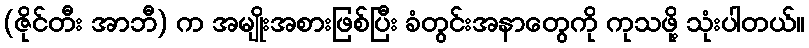
(ဇိုင်တီး အာဘီ) က အမျိုးအစားဖြစ်ပြီး ခံတွင်းအနာတွေကို ကုသဖို့ သုံးပါတယ်။